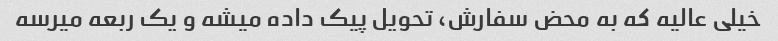
خیلی عالیه که به محض سفارش، تحویل پیک داده میشه و یک ربعه میرسه